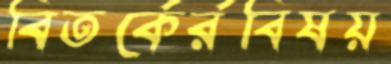
বিতর্কের্রবিষয়